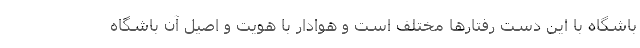
باشگاه با این دست رفتارها مختلف است و هوادارِ با هویت و اصیل آن باشگاه